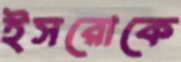
ইসরোকে